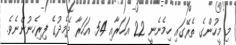
މި މީހުންގެ ތެރޭގައި ހިމެނެނީ 22 އަހަރާއި 54 އަހަރާ ދެމެދުގެ ފިރިހެނުންނެވެ.